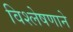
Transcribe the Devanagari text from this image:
विश्लेषणाने